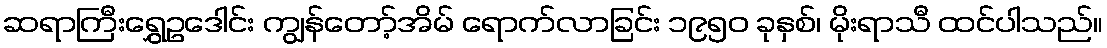
ဆရာကြီးရွှေဥဒေါင်း ကျွန်တော့်အိမ် ရောက်လာခြင်း ၁၉၅၀ ခုနှစ်၊ မိုးရာသီ ထင်ပါသည်။